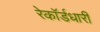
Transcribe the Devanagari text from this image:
रेकॉर्डधारी